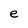
Character: e